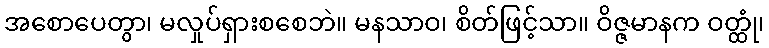
အစောပေတွာ၊ မလှုပ်ရှားစစေဘဲ။ မနသာဝ၊ စိတ်ဖြင့်သာ။ ဝိဇ္ဇမာနက ဝတ္ထုံ၊